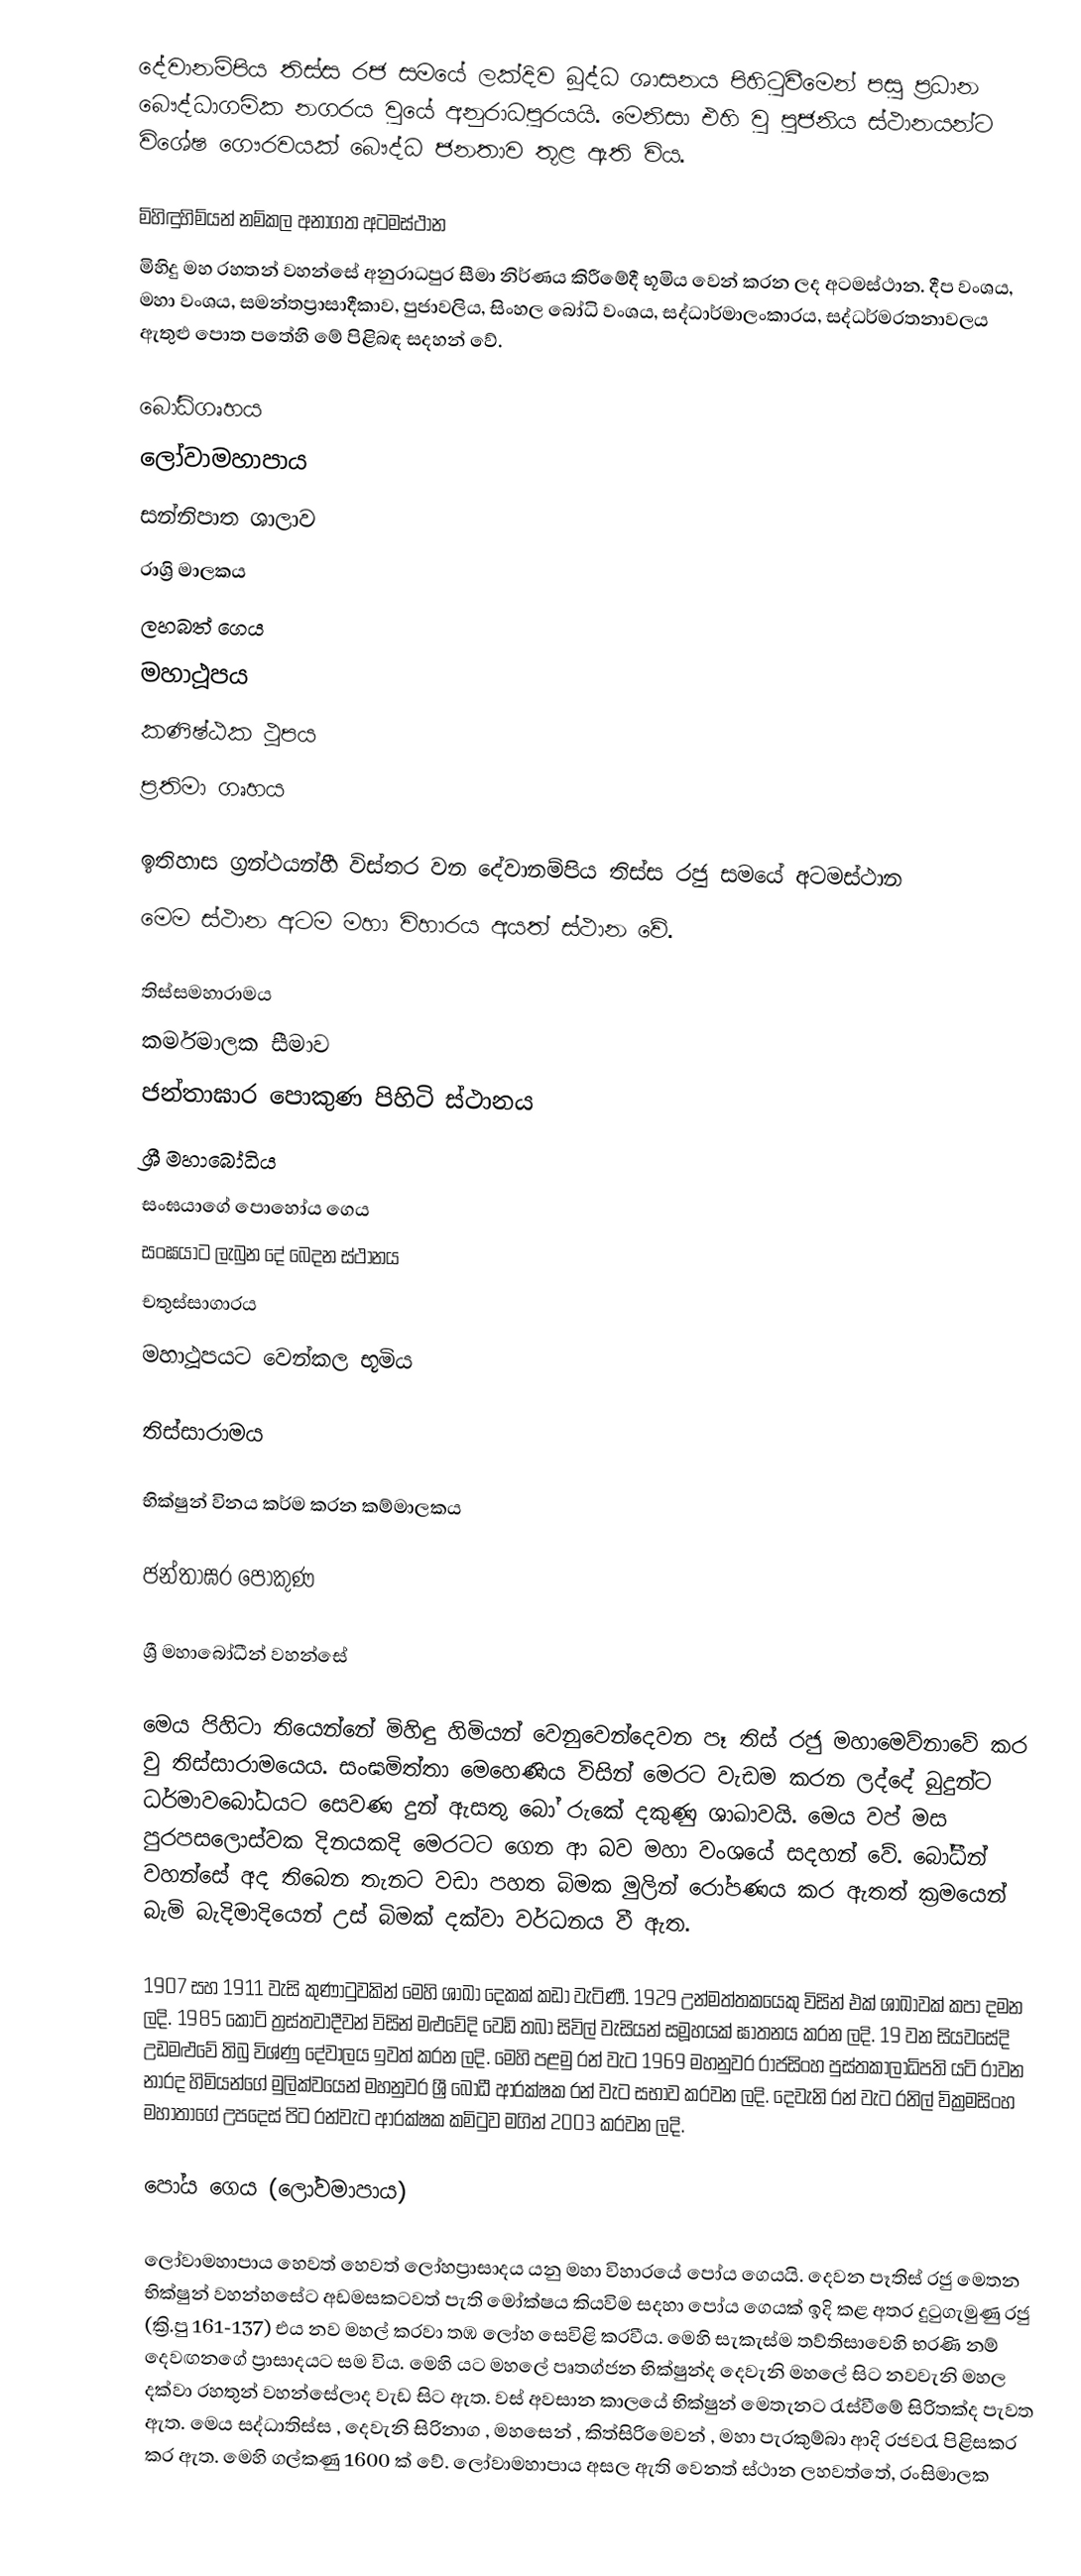
දේවානම්පිය තිස්ස රජ සමයේ ලක්දිව බූද්ධ ශාසනය පිහිටුවීමෙන් පසු  ‍ප්‍රධාන බෞද්ධාගමික නගරය වුයේ අනුරාධපුරයයි. මෙනිසා එහි වු පුජනිය ස්ථානයන්ට විශේෂ ගෞරවයක් බෞද්ධ ජනතාව තූළ ඇති විය.

මිහිඳුහිම්යන් නම්කල අනාගත  අටමස්ථාන
මිහිදු මහ රහතන් වහන්සේ අනුරාධපුර සීමා නිර්ණය කිරීමේදී භූමිය වෙන් කරන ලද අටමස්ථාන. දීප වංශය, මහා වංශය, සමන්තප්‍රාසාදීකාව, පුජාවලිය, සිංහල බෝධි වංශය, සද්ධාර්මාලංකාරය, සද්ධර්මරතනාවලය ඇතුළු පොත පතේහි මේ පිළිබඳ සදහන් වේ.

 බෝධිගෘහය
 ලෝවාමහාපාය
 සන්නිපාත ශාලාව
 රාශ්‍රි මාලකය
 ලහබත් ගෙය
 මහාථූපය
 කණිෂ්ඨක ථූපය
 ප්‍රතිමා ගෘහය

ඉතිහාස ග්‍රන්ථයන්හී විස්තර වන දේවානම්පිය තිස්ස රජු සමයේ අටමස්ථාන
මෙම ස්ථාන අටම මහා විහාරය අයත් ස්ථාන වේ.

 තිස්සමහාරාමය
 කර්මමාලක සීමාව
 ජන්තාඝාර පොකුණ පිහිටි ස්ථානය
 ශ්‍රී මහාබෝධිය
 සංඝයාගේ පොහෝය ගෙය
 සංඝයාට ලැබුන දේ බෙදන ස්ථානය
 චතුස්සාගාරය
 මහාථූපයට වෙන්කල භූමිය

තිස්සාරාමය

භික්ෂුන් විනය කර්ම කරන කම්මාලකය

ජන්තාඝර පොකුණ

ශ්‍රී මහාබෝධීන් වහන්සේ

මෙය පිහිටා තියෙන්නේ මිහිඳු හිමියන් වෙනුවෙන්දෙවන පෑ තිස් රජු මහාමෙව්නාවේ කර වු තිස්සාරාමයෙය. සංඝමිත්තා මෙහෙණිය විසින් මෙරට වැඩම කරන ලද්දේ බුදුන්ට ධර්මාවබෝධයට සෙවණ දුන් ඇසතු බෝ රුකේ දකුණු ශාඛාවයි. මෙය වප් මස පුරපසලොස්වක දිනයකදි මෙරටට ගෙන ආ බව මහා වංශයේ සදහන් වේ. බෝධීන් වහන්සේ අද තිබෙන තැනට වඩා පහත බිමක මුලින් රෝපණය කර ඇතත් ක්‍රමයෙන් බැමි බැදිමාදියෙන් උස් බිමක් දක්වා වර්ධනය වී ඇත.

1907 සහ 1911 වැසි කුණාටුවකින් මෙහි ශාඛා ‍‍දෙකක් කඩා වැටිණී. 1929 උන්මත්‍තකයෙකු විසින් එක් ශාඛාවක් කපා දමන ලදි. 1985 කොටි ත්‍රස්තවාදීවන් විසින් මළුවේදි වෙඩි තබා සිවිල් වැසියන් සමූහයක් ඝාතනය කරන ලදි. 19 වන සියවසේදි උඩමළුවේ තිබු විශ්ණු දේවාලය ඉවත් කරන ලදි. මෙහි පළමු රන් වැට 1969 මහනුවර  රාජසිංහ පුස්තකාලාධිපති යටි රාවන නාරද හිමියන්ගේ මුලික්වයෙන් මහනුවර ශ්‍රී බෝධී ආරක්ෂක රන් වැට සභාව කරවන ලදි. දෙවැනි රන් වැට රනිල් වික්‍රමසිංහ මහාතාගේ උපදෙස් පිට රන්වැට ආරක්ෂක කමිටුව මගින් 2003 කරවන ලදි.

පෝය ගෙය (ලෝවමාපාය)

ලෝවාමහාපාය හෙවත් හෙවත් ලෝහප්‍රාසාදය යනු මහා විහාරයේ පෝය ගෙයයි. දෙවන පෑතිස් රජු මෙතන භික්ෂුන් වහන්හසේට අඩමසකටවත් පැති මෝක්ෂය කියවිම සදහා පෝය ගෙයක් ඉදි කළ අතර දුටුගැමුණු රජු  (ක්‍රි.පු 161-137) එය නව මහල් කරවා තඹ ලෝහ සෙවිළි කරවීය. මෙහි සැකැස්ම තව්තිසාවෙහි භරණි නම් දෙවඟනගේ ප්‍රාසාදයට සම විය. මෙහි යට මහලේ පෘතග්ජන භික්ෂුන්ද දෙවැනි මහලේ සිට නවවැනි මහල දක්වා රහතුන් වහන්සේලාද වැඩ සිට ඇත. වස් අවසාන කාලයේ භික්ෂුන් මෙතැනට රැස්වීමේ සිරිතක්ද පැවත ඇත. මෙය සද්ධාතිස්ස , දෙවැනි සිරිනාග , මහසෙන් , කිත්සිරිමෙවන් , මහා පැරකුම්බා ආදි රජවරැ පිළිසකර කර ඇත. මෙහි ගල්කණු 1600 ක් වේ. ලෝවාමහාපාය අසල ඇති වෙනත් ස්ථාන ලහවත්තේ, රංසිමාලක